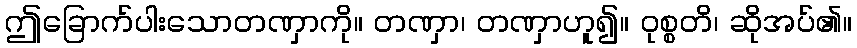
ဤခြောက်ပါးသောတဏှာကို။ တဏှာ၊ တဏှာဟူ၍။ ဝုစ္စတိ၊ ဆိုအပ်၏။